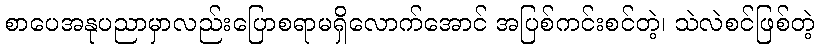
စာပေအနုပညာမှာလည်းပြောစရာမရှိလောက်အောင် အပြစ်ကင်းစင်တဲ့၊ သဲလဲစင်ဖြစ်တဲ့